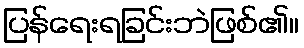
ပြန်ရေးရခြင်းဘဲဖြစ်၏။